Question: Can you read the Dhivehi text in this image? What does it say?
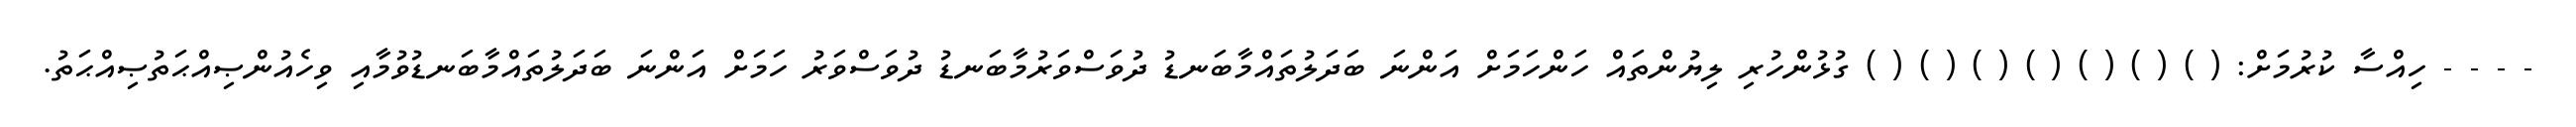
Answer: - - - - ހިއްސާ ކުރުމަށް: ( ) ( ) ( ) ( ) ( ) ( ) ( ) ގުޅުންހުރި ލިޔުންތައް ހަންހަމަށް އަންނަ ބަދަލުތައްމާބަނޑު ދުވަސްވަރުމާބަނޑު ދުވަސްވަރު ހަމަށް އަންނަ ބަދަލުތައްމާބަނޑުވުމާއި ވިހެއުންޞިއްޙަތުޞިއްޙަތު.